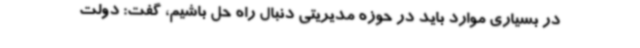
در بسیاری موارد باید در حوزه مدیریتی دنبال راه حل باشیم، گفت: دولت